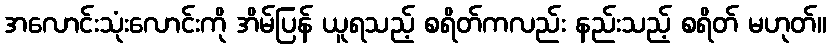
အလောင်းသုံးလောင်းကို အိမ်ပြန် ယူရသည့် စရိတ်ကလည်း နည်းသည့် စရိတ် မဟုတ်။